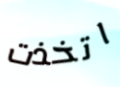
اتخذت